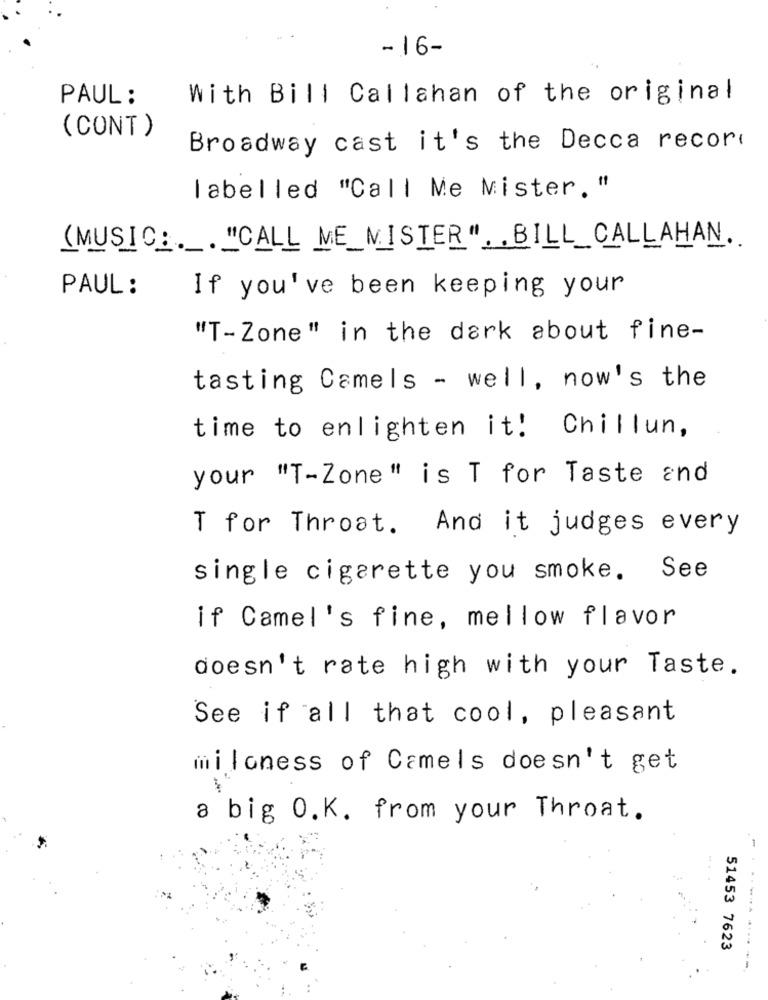
-16-
PAUL :
With Bill Callahan of the original
(CONT)
Broadway cast it's the Decca record
labelled "Call Me Mister. "
(MUSICA . "CALL ME_MISTER", BILL_CALLAHAN.
If you've been keeping your
PAUL :
"T-Zone" in the dark about fine-
tasting Camels - well, now's the
time to enlighten it! Chillun,
your "T-Zone" is T for Taste and
T for Throat. And it judges every
single cigarette you smoke. See
if Camel's fine, mellow flavor
doesn't rate high with your Taste.
See if all that cool, pleasant
miloness of Camels doesn't get
a big O.K. from your Throat.
51453 7623